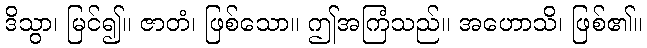
ဒိသွာ၊ မြင်၍။ ဇာတံ၊ ဖြစ်သော။ ဤအကြံသည်။ အဟောသိ၊ ဖြစ်၏။